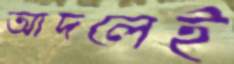
আদলেই